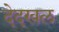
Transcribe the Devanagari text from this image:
देदखल